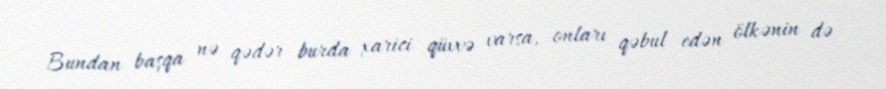
Bundan başqa nə qədər burda xarici qüvvə varsa, onları qəbul edən ölkənin də